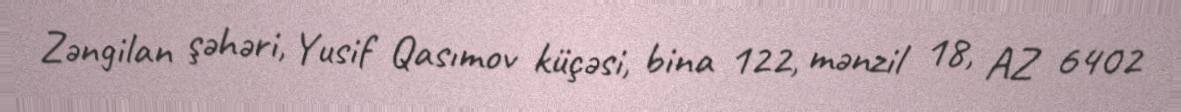
Zəngilan şəhəri, Yusif Qasımov küçəsi, bina 122, mənzil 18, AZ 6402